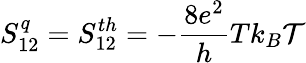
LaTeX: {S_{12}^{q}=S_{12}^{th}=-\frac{8e^{2}}{h}Tk_{B}\mathcal{T}}